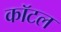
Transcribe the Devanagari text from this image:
कॉटल